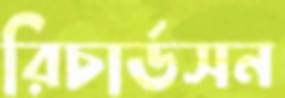
রিচার্ডসন